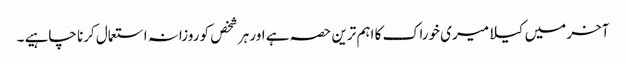
آخر میں کیلا میری خوراک کا اہم ترین حصہ ہے اور ہر شخص کو روزانہ استعمال کرنا چاہیے ۔